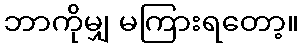
ဘာကိုမျှ မကြားရတော့။